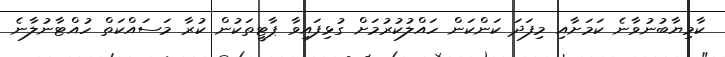
ކާމިޔާބުނުވާނެ ކަމަށާއި މިފަދަ ކަންކަން ހައްލުކުރުމަށް ގުޅިފައިވާ ޕާޓީތަކުން ކުރާ މަސައްކަތް ހުއްޓާނުލާނެ